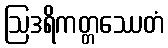
ဩဒရိကတ္တဿေတံ